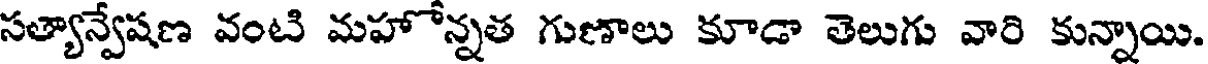
సత్యాన్వేషణ వంటి మహోన్నత గుణాలు కూడా తెలుగు వారి కున్నాయి.